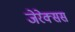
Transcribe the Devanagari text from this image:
जेरेक्सस